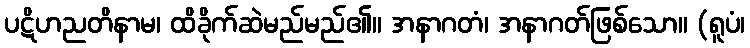
ပဋိဟညတိနာမ၊ ထိခိုက်ဆဲမည်မည်၏။ အနာဂတံ၊ အနာဂတ်ဖြစ်သော။ (ရူပံ၊